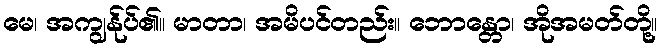
မေ၊ အကျွန်ုပ်၏။ မာတာ၊ အမိပင်တည်း။ ဘောန္တော၊ အိုအမတ်တို့။